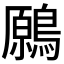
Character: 𪄁